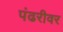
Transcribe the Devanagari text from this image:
पंढरीवर